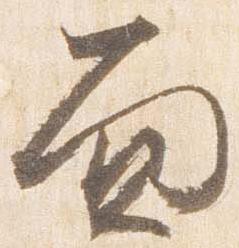
面